Civil Veterinary Department. United Provinces 1932-42 - 1932-1942
Year: 1932
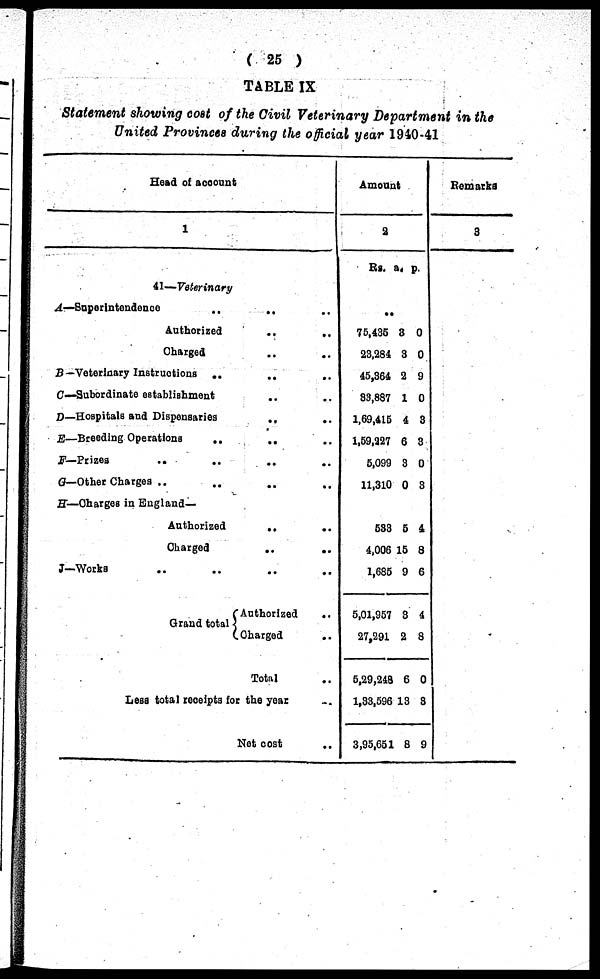
(25)
TABLE IX
Statement showing cost of the Civil Veterinary Department in the
United Provinces during the official year 1940-41
Head of acoount
1
1
41—Veterinary
A—-Superintendence
..
..
Authorized
..
..
Charged .. ..
B —Veterinary Instructions
..
..
C—Subordinate establishment
..
..
D—Hospitals and Dispensaries
..
..
E—Breeding Operations
.. .. .. ..
F— Prizes
.. .. .. ..
G—Other Charges .. .. .. ..
H—Charges in England-
Authorized
..
..
Charged
..
..
J—Works .. .. .. ..
Grand total { Authorized ..
Charged ..
Total ..
Less total receipts for the year ..
Net cost ..
Amount
2
Rs. a. p.
..
75,435
23,284
45,364
33,887
1,69,415
1,59,227
5,099
11,310
3
3
2
1
4
6
3
0
0
0
9
0
3
3
0
3
533
4,006
1,685
5,01,957
27,291
5,29,248
1,33,596
3,95,651
5
15
9
3
2
6
13
8
4
8
6
4
8
0
3
9
Remarks
3